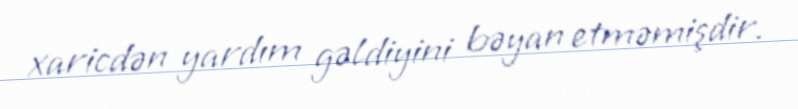
xaricdən yardım gəldiyini bəyan etməmişdir.